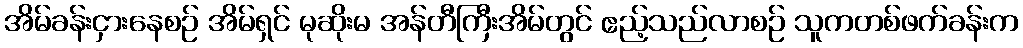
အိမ်ခန်းငှားနေစဉ် အိမ်ရှင် မုဆိုးမ အန်တီကြီးအိမ်တွင် ဧည့်သည်လာစဉ် သူကတစ်ဖက်ခန်းက